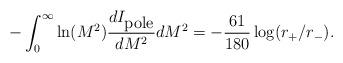
LaTeX: \begin{align*}-\int_{0}^{\infty}\ln(M^{2}){dI_{\mbox{pole}}\over dM^{2}}dM^{2}=-{61\over 180}\log(r_{+}/r_{-}).\end{align*}